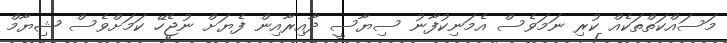
މަސައްކަތްތަކެއް ކުރި ނަމަވެސް އެމަނިކުފާނު ސިޔާސީ ދާއިރާއިން ފެޔަށް ނުޖެހޭ ކަމަށްވެސް ޝިޔާމް